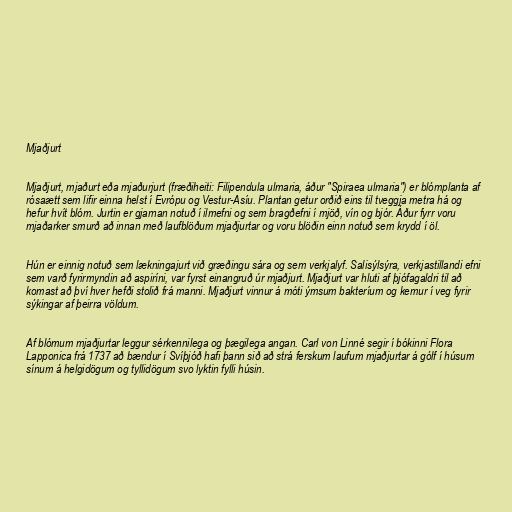
Mjaðjurt

Mjaðjurt, mjaðurt eða mjaðurjurt (fræðiheiti: Filipendula ulmaria, áður "Spiraea ulmaria") er blómplanta af
rósaætt sem lifir einna helst í Evrópu og Vestur-Asíu. Plantan getur orðið eins til tveggja metra há og
hefur hvít blóm. Jurtin er gjarnan notuð í ilmefni og sem bragðefni í mjöð, vín og bjór. Áður fyrr voru
mjaðarker smurð að innan með laufblöðum mjaðjurtar og voru blöðin einn notuð sem krydd í öl.

Hún er einnig notuð sem lækningajurt við græðingu sára og sem verkjalyf. Salisýlsýra, verkjastillandi efni
sem varð fyrirmyndin að aspiríni, var fyrst einangruð úr mjaðjurt. Mjaðjurt var hluti af þjófagaldri til að
komast að því hver hefði stolið frá manni. Mjaðjurt vinnur á móti ýmsum bakteríum og kemur í veg fyrir
sýkingar af þeirra völdum.

Af blómum mjaðjurtar leggur sérkennilega og þægilega angan. Carl von Linné segir í bókinni Flora
Lapponica frá 1737 að bændur í Svíþjóð hafi þann sið að strá ferskum laufum mjaðjurtar á gólf í húsum
sínum á helgidögum og tyllidögum svo lyktin fylli húsin.